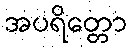
အပရိတ္တော